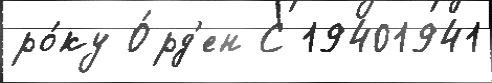
ро́ку О́рд'ен С 19401941